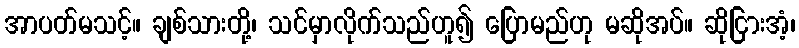
အာပတ်မသင့်။ ချစ်သားတို့၊ သင်မှာလိုက်သည်ဟူ၍ ပြောမည်ဟု မဆိုအပ်။ ဆိုငြားအံ့၊